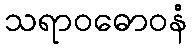
သရာဝဓောဝနံ